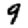
Digit: 9